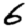
Digit: 6